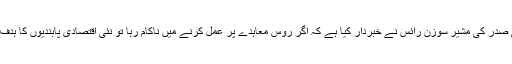
قومی سلامتی کے امور کے لیے امریکی صدر کی مشیر سوزن رائس نے خبردار کیا ہے کہ اگر روس معاہدے پر عمل کرنے میں ناکام رہا تو نئی اقتصادی پابندیوں کا ہدف ’روسی معیشت کے اہم شعبے‘ ہوں گے۔